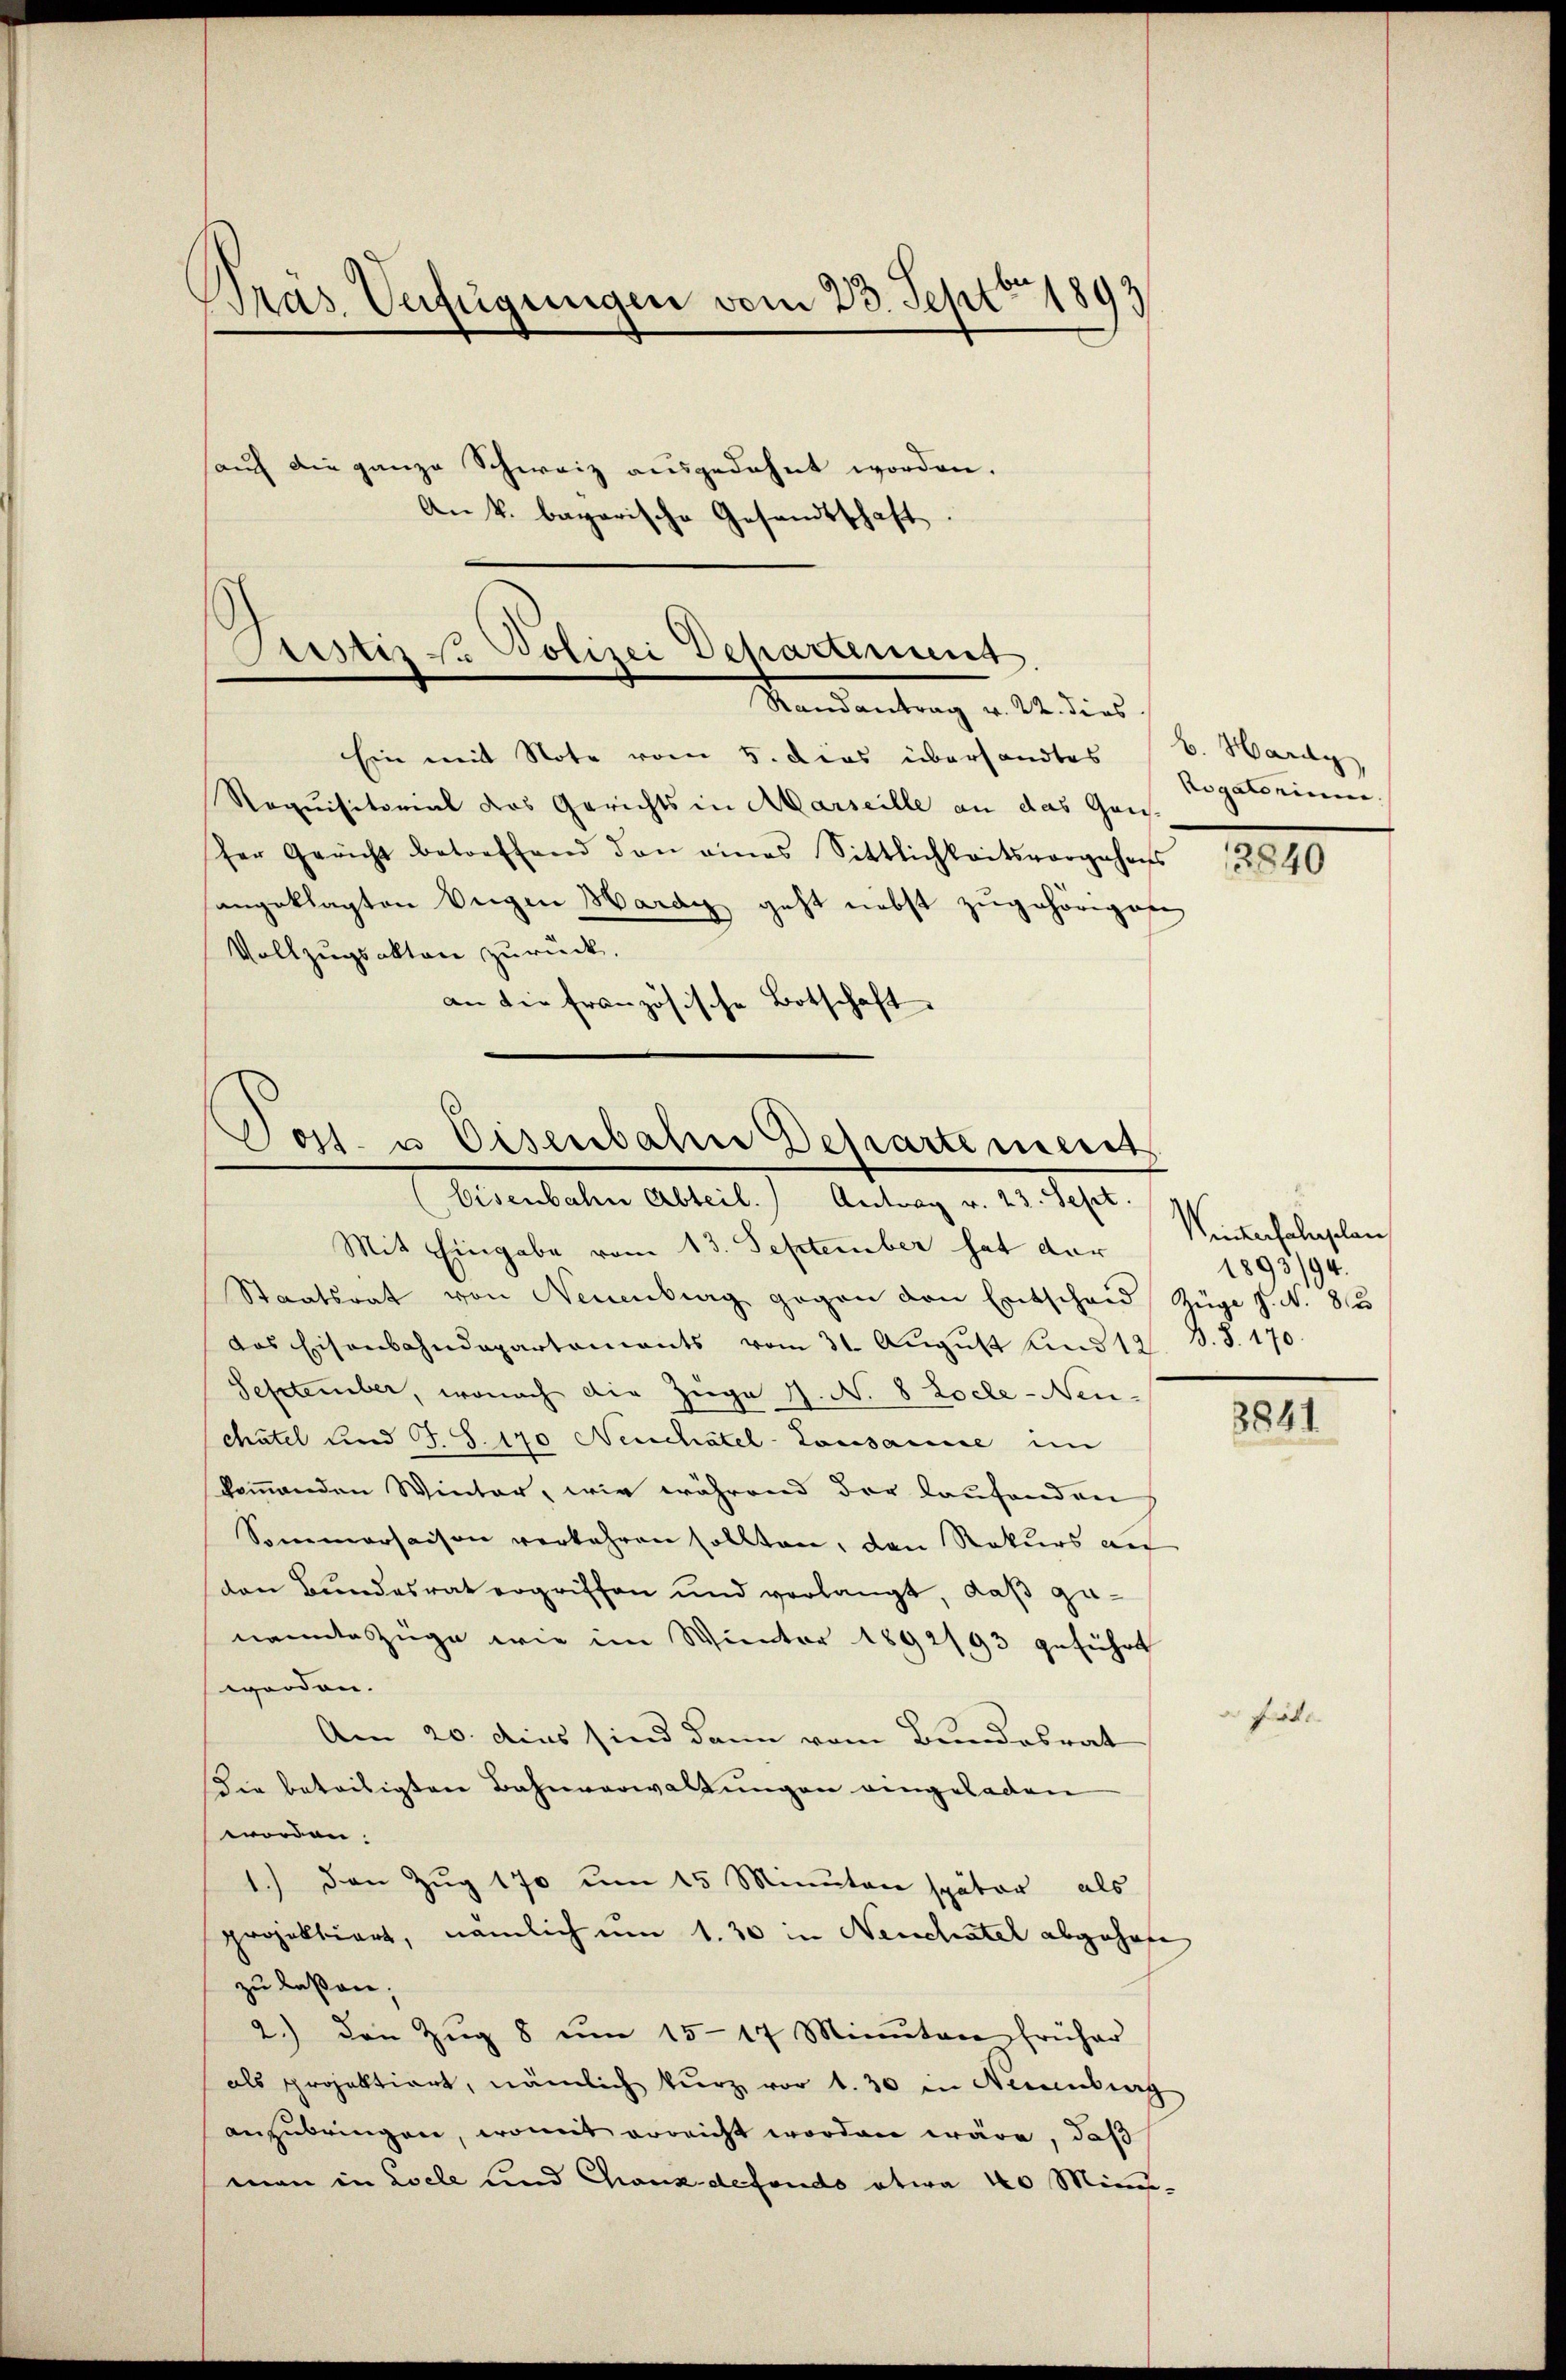
Präs. Verfügungen vom 23. Sept 1893
hauf die ganze Schweiz ausgedehnt worden.
An k. bayerische Gesandtschaft

Ein mit Note vom 5. dies übersandtes (v. Hardy
sangeklagten Weigen Hardy geht nebst zugehörigen
Vollzugsakten zurück.
an die französische Botschaft.

Requisitorial das Gerichts in Marseille an das Gans-
ser Gericht betreffend den eines Sittlichkeitsvorgehens

Justiz zu Polizei Departement
Randantrag v. 22. dies

Cost. u Eisenbahre Departe rierer
(bisenbahn Abteil. Antrag v. 23. Sept.

Mit Eingabe vom 13. September hat der
Staatsrat von Neuenburg gegen den Entschaid Züge J. N. 83
das Eisenbahndepartements vom 31. Aŭgŭst und 12. d. J. 170.
September, wonach die Züge 1. No 8 Locle-Neu-
chatel und J. S. 170 Neuchâtel-Lausamme im
kommenden Winter, wie während der laufenden
Sommersaison verkehren sollten, den Rekurs au
den Bundesrat ergriffen und verlangt, daß genannte Züge wie im Winter 1892/93 geführt
worden.
Am 20. dies sind dann vom Bundesrat
Sie beteiligten Bahnverwaltungen eingeladen
worden.
1.) den Zug 170 um 15 Minuten später als
projektiert, nämlich um 1. 30 in Neuchatel abgehobe
zu laßen;
2.) Den Zŭg 8 ŭm 1517 Minuten früher
als projektiert, nämlich kurz vor 1. 30 in Neuenburg
anzubringen, womit erreicht worden wäre, daß
man in Loele und Chanzdefondo etwa 40 Minis¬

Rogatorium

12840

Winterhalupelan
1893/94.

3841

fit